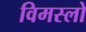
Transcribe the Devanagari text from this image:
विमस्लो